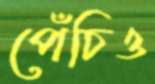
পেঁচিও